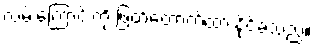
လမ်းကြောင်းကို ဖြတ်တောက်ထားနိုင်ခဲ့သည်။